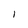
Character: 1